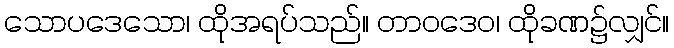
သောပဒေသော၊ ထိုအရပ်သည်။ တာဝဒေဝ၊ ထိုခဏ၌လျှင်။